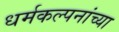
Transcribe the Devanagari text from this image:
धर्मकल्पनांच्या